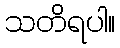
သတိရပါ။